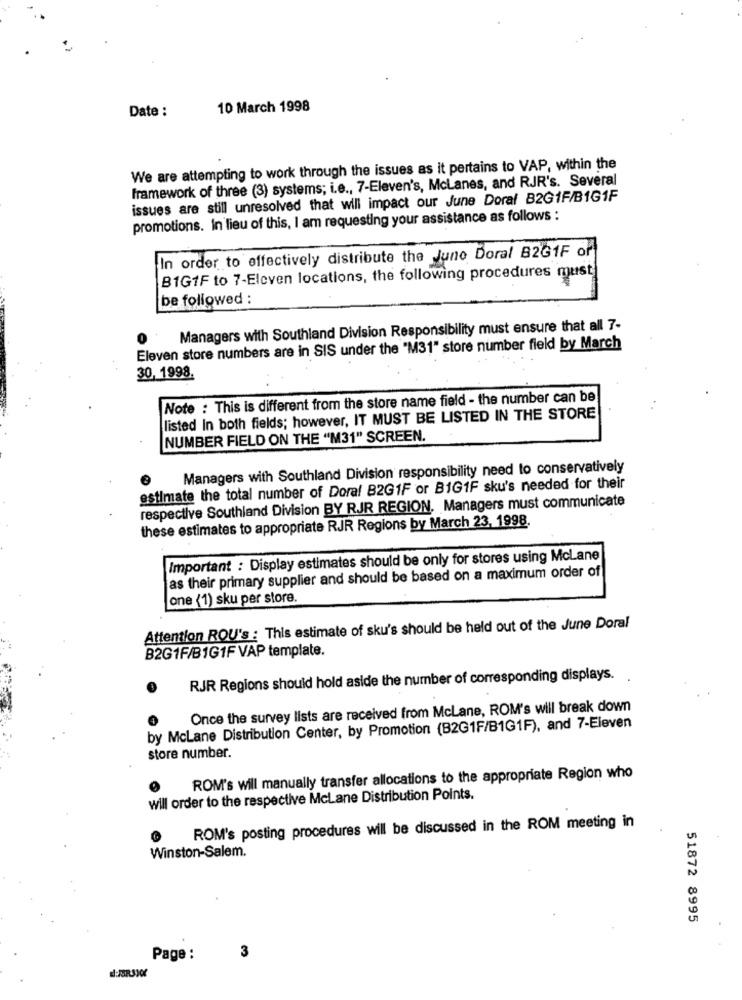
Date :
10 March 1998
We are attempting to work through the issues as it pertains to VAP, within the
framework of three (3) systems; i.e ., 7-Eleven's, McLanes, and RJR's. Several
issues are still unresolved that will impact our June Doral B2G1F/B1G1F
promotions. In lieu of this, I am requesting your assistance as follows :
In order to effectively distribute the Juno Doral B2G1F or
B1G1F to 7-Eleven locations, the following procedures must
be followed :
Managers with Southland Division Responsibility must ensure that all 7-
Eleven store numbers are in SIS under the "M31" store number field by March
30, 1998.
Note : This is different from the store name field - the number can be
listed In both fields; however, IT MUST BE LISTED IN THE STORE
NUMBER FIELD ON THE "M31" SCREEN.
Managers with Southland Division responsibility need to conservatively
estimate the total number of Doral B2G1F or BIG1F sku's needed for their
respective Southland Division BY RJR REGION. Managers must communicate
these estimates to appropriate RJR Regions by March 23, 1998.
Important : Display estimates should be only for stores using McLane
as their primary supplier and should be based on a maximum order of
one (1) sku per store.
Attention ROU's : This estimate of sku's should be held out of the June Doral
B2G1F/B1G1F VAP template.
RJR Regions should hold aside the number of corresponding displays.
Once the survey lists are received from McLane, ROM's will break down
by McLane Distribution Center, by Promotion (B2G1F/B1G1F), and 7-Eleven
store number.
0 ROM's will manually transfer allocations to the appropriate Region who
will order to the respective McLane Distribution Points.
ROM's posting procedures will be discussed in the ROM meeting in
Winston-Salem.
51872 8995
Page :
3